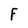
Character: F